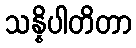
သန္နိပါတိတာ